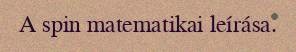
A spin matematikai leírása.